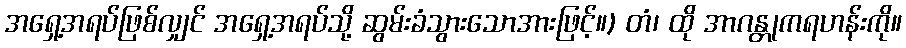
အရှေ့အရပ်ဖြစ်လျှင် အရှေ့အရပ်သို့ ဆွမ်းခံသွားသောအားဖြင့်။) တံ၊ ထို အာဂန္တုကရဟန်းကို။